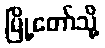
မြို့တော်သို့